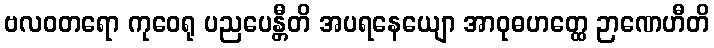
ဗလဝတရော ကုဝေရု ပညပေန္တီတိ အပရနေယျော အာဝုဓဟတ္ထေ ဉာဏေဟီတိ